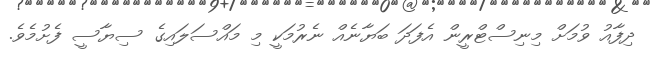
ދިފާއު ވުމަށް މިނިސްޓްރީން އެފަދަ ބަޔާނެއް ނެރުމަކީ މި މައްސަލައިގެ ސިޔާސީ ފެށުމެވެ.